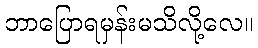
ဘာပြောရမှန်းမသိလို့လေ။